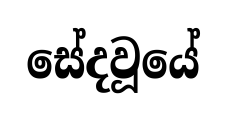
සේදවූයේ